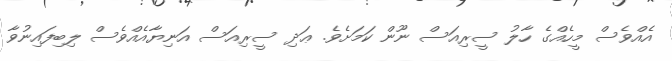
އެއްވެސް މީހެއްގެ ހާލު ސީރިއަސް ނޫން ކަމަށެވެ. ޢަދި ސީރިއަސް އަނިޔާއެއްވެސް ލިބިފައިނުވާ